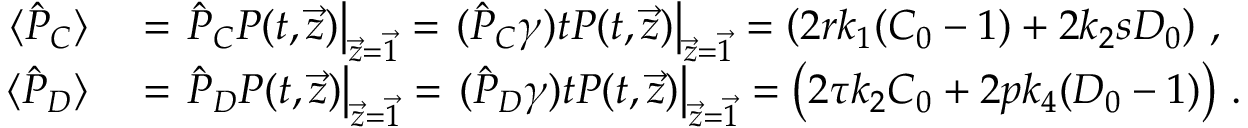
\begin{array} { r l } { \langle \hat { P } _ { C } \rangle } & { { } = \left. \hat { P } _ { C } P ( t , \vec { z } ) \right| _ { \vec { z } = \vec { 1 } } = \left. ( \hat { P } _ { C } \gamma ) t P ( t , \vec { z } ) \right| _ { \vec { z } = \vec { 1 } } = \left( 2 r k _ { 1 } ( C _ { 0 } - 1 ) + 2 k _ { 2 } s D _ { 0 } \right) \, , } \\ { \langle \hat { P } _ { D } \rangle } & { { } = \left. \hat { P } _ { D } P ( t , \vec { z } ) \right| _ { \vec { z } = \vec { 1 } } = \left. ( \hat { P } _ { D } \gamma ) t P ( t , \vec { z } ) \right| _ { \vec { z } = \vec { 1 } } = \left( 2 \tau k _ { 2 } C _ { 0 } + 2 p k _ { 4 } ( D _ { 0 } - 1 ) \right) \, . } \end{array}